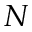
N